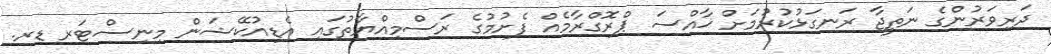
ދަރިވަރުންގެ ނަތީޖާ ރަނގަޅުކުރުމަށް ޚާއްސަ ޕްރޮގްރާމެއް ފެށުމުގެ ރަސްމިއްޔާތުގައި އެޑިއުކޭޝަން މިނިސްޓަރ ޑރ.